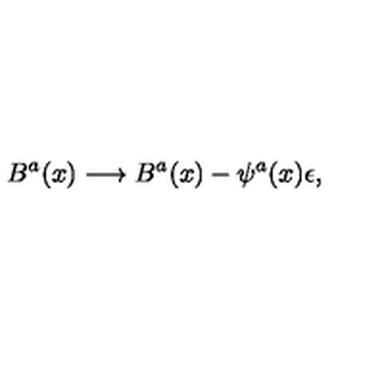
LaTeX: B ^ { a } ( x ) \longrightarrow B ^ { a } ( x ) - \psi ^ { a } ( x ) \epsilon ,